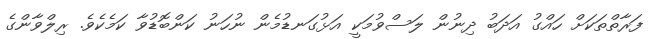
ފަރާތްތަކަށް ހައްގު އަދަބު ދިނުން ލަސްވުމަކީ އަޅުގަނޑުމެން ނުހަނު ކަންބޮޑުވާ ކަމެކެވެ. ރިލްވާންގެ